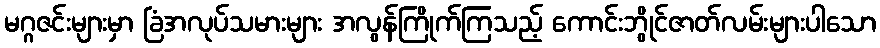
မဂ္ဂဇင်းများမှာ ခြံအလုပ်သမားများ အလွန်ကြိုက်ကြသည့် ကောင်းဘွိုင်ဇာတ်လမ်းများပါသော